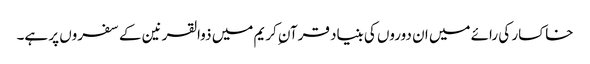
خاکسار کی رائے میں ان دوروں کی بنیاد قرآن ِکریم میں ذوالقرنین کے سفروں پر ہے۔